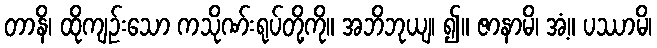
တာနိ၊ ထိုကျဉ်းသော ကသိုဏ်းရုပ်တို့ကို။ အဘိဘုယျ၊ ၍။ ဇာနာမိ၊ အံ့။ ပဿာမိ၊